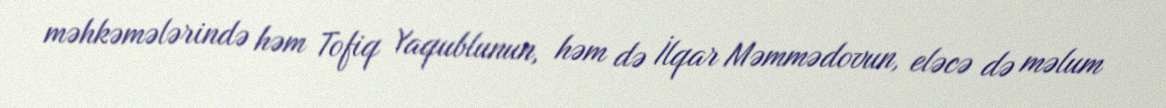
məhkəmələrində həm Tofiq Yaqublunun, həm də İlqar Məmmədovun, eləcə də məlum